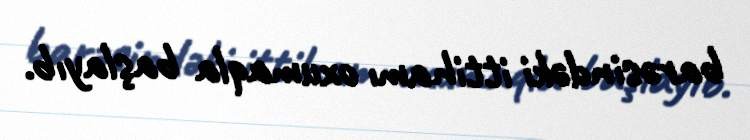
barəsindəki ittihamı oxumaqla başlayıb.